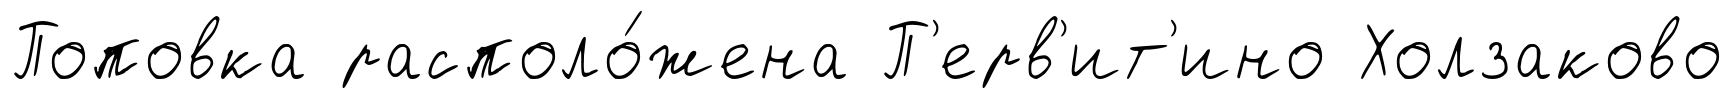
Поповка располо́жена П'ерв'ит'ино Холзаково